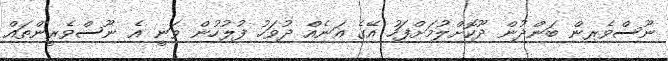
ނޫސްވެރިން ބަންދުން ދޫކޮށްލުމަށްފަހު އޭގެ އަނެއް ދުވަހު ފުލުހުން ވަނީ އެ ނޫސްވެރީންތައް